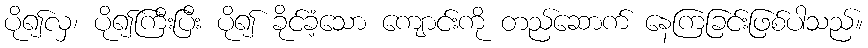
ပို၍လှ၊ ပို၍ကြီးပြီး ပို၍ ခိုင်ခံ့သော ကျောင်းကို တည်ဆောက် နေကြခြင်းဖြစ်ပါသည်။